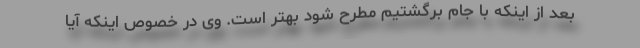
بعد از اینکه با جام برگشتیم مطرح شود بهتر است. وی در خصوص اینکه آیا